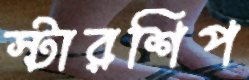
স্টারশিপ